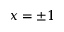
x = \pm 1